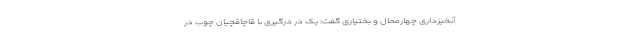
آبخیزداری چهارمحال و بختیاری گفت: یک در درگیری با قاچاقچیان چوب در